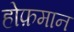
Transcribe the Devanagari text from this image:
होफ़मान